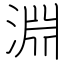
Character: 淵